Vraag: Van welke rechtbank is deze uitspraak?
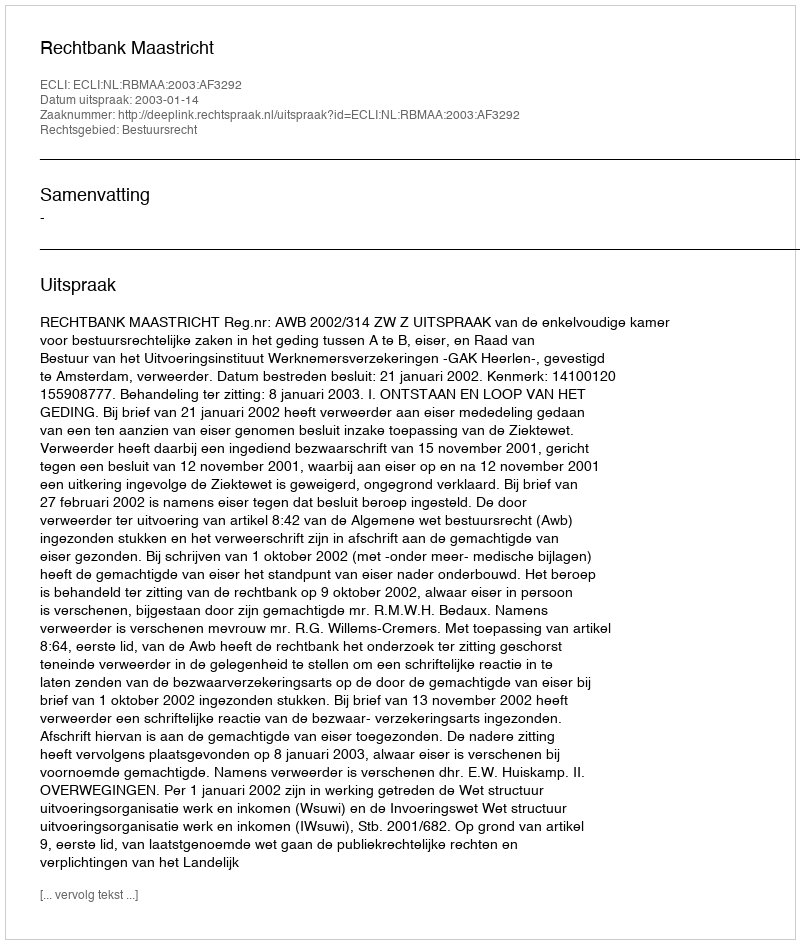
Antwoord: Rechtbank Maastricht